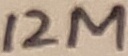
Text: 12M